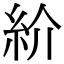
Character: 紒